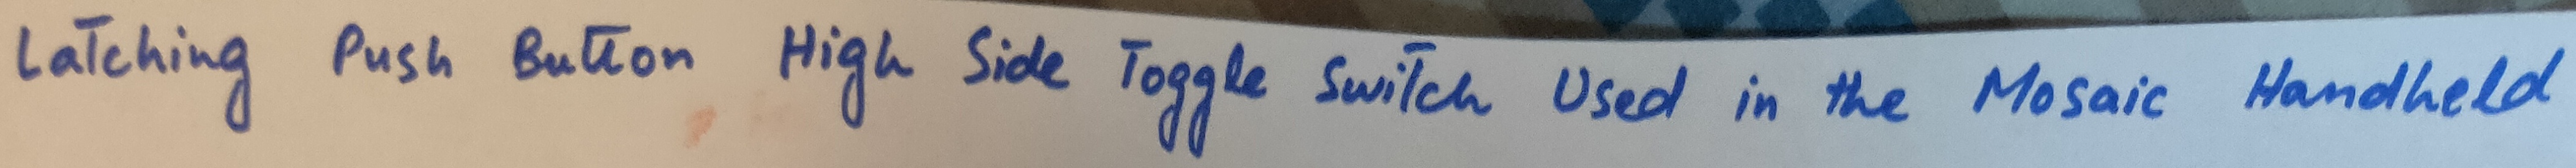
Text: Latching Push Button High Side Toggle Switch Used in the Mosaic Handheld